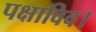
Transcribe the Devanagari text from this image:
पक्षाविव।